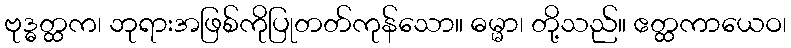
ဗုဒ္ဓတ္ထက၊ ဘုရားအဖြစ်ကိုပြုတတ်ကုန်သော။ ဓမ္မာ၊ တို့သည်။ ဧတ္ထကာယေဝ၊